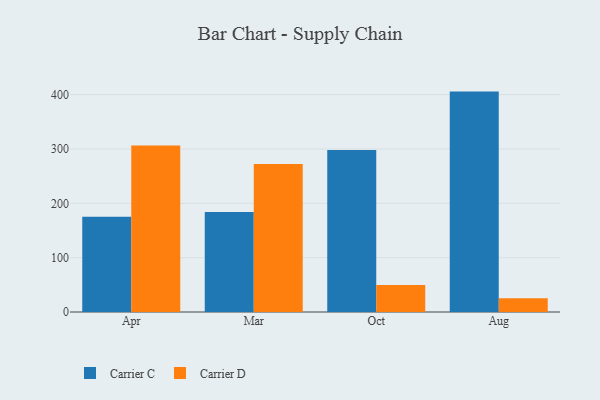
{"axis": {"x": "Month", "y": "Budget (USD K)"}, "legend": ["Carrier C", "Carrier D"], "data": [{"x": "Apr", "y": 175.4, "type": "Carrier C"}, {"x": "Apr", "y": 306.2, "type": "Carrier D"}, {"x": "Mar", "y": 184.1, "type": "Carrier C"}, {"x": "Mar", "y": 272.3, "type": "Carrier D"}, {"x": "Oct", "y": 298.1, "type": "Carrier C"}, {"x": "Oct", "y": 49.5, "type": "Carrier D"}, {"x": "Aug", "y": 405.6, "type": "Carrier C"}, {"x": "Aug", "y": 25.1, "type": "Carrier D"}]}